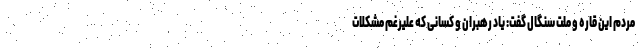
مردم این قاره و ملت سنگال گفت: یاد رهبران و کسانی که علیرغم مشکلات